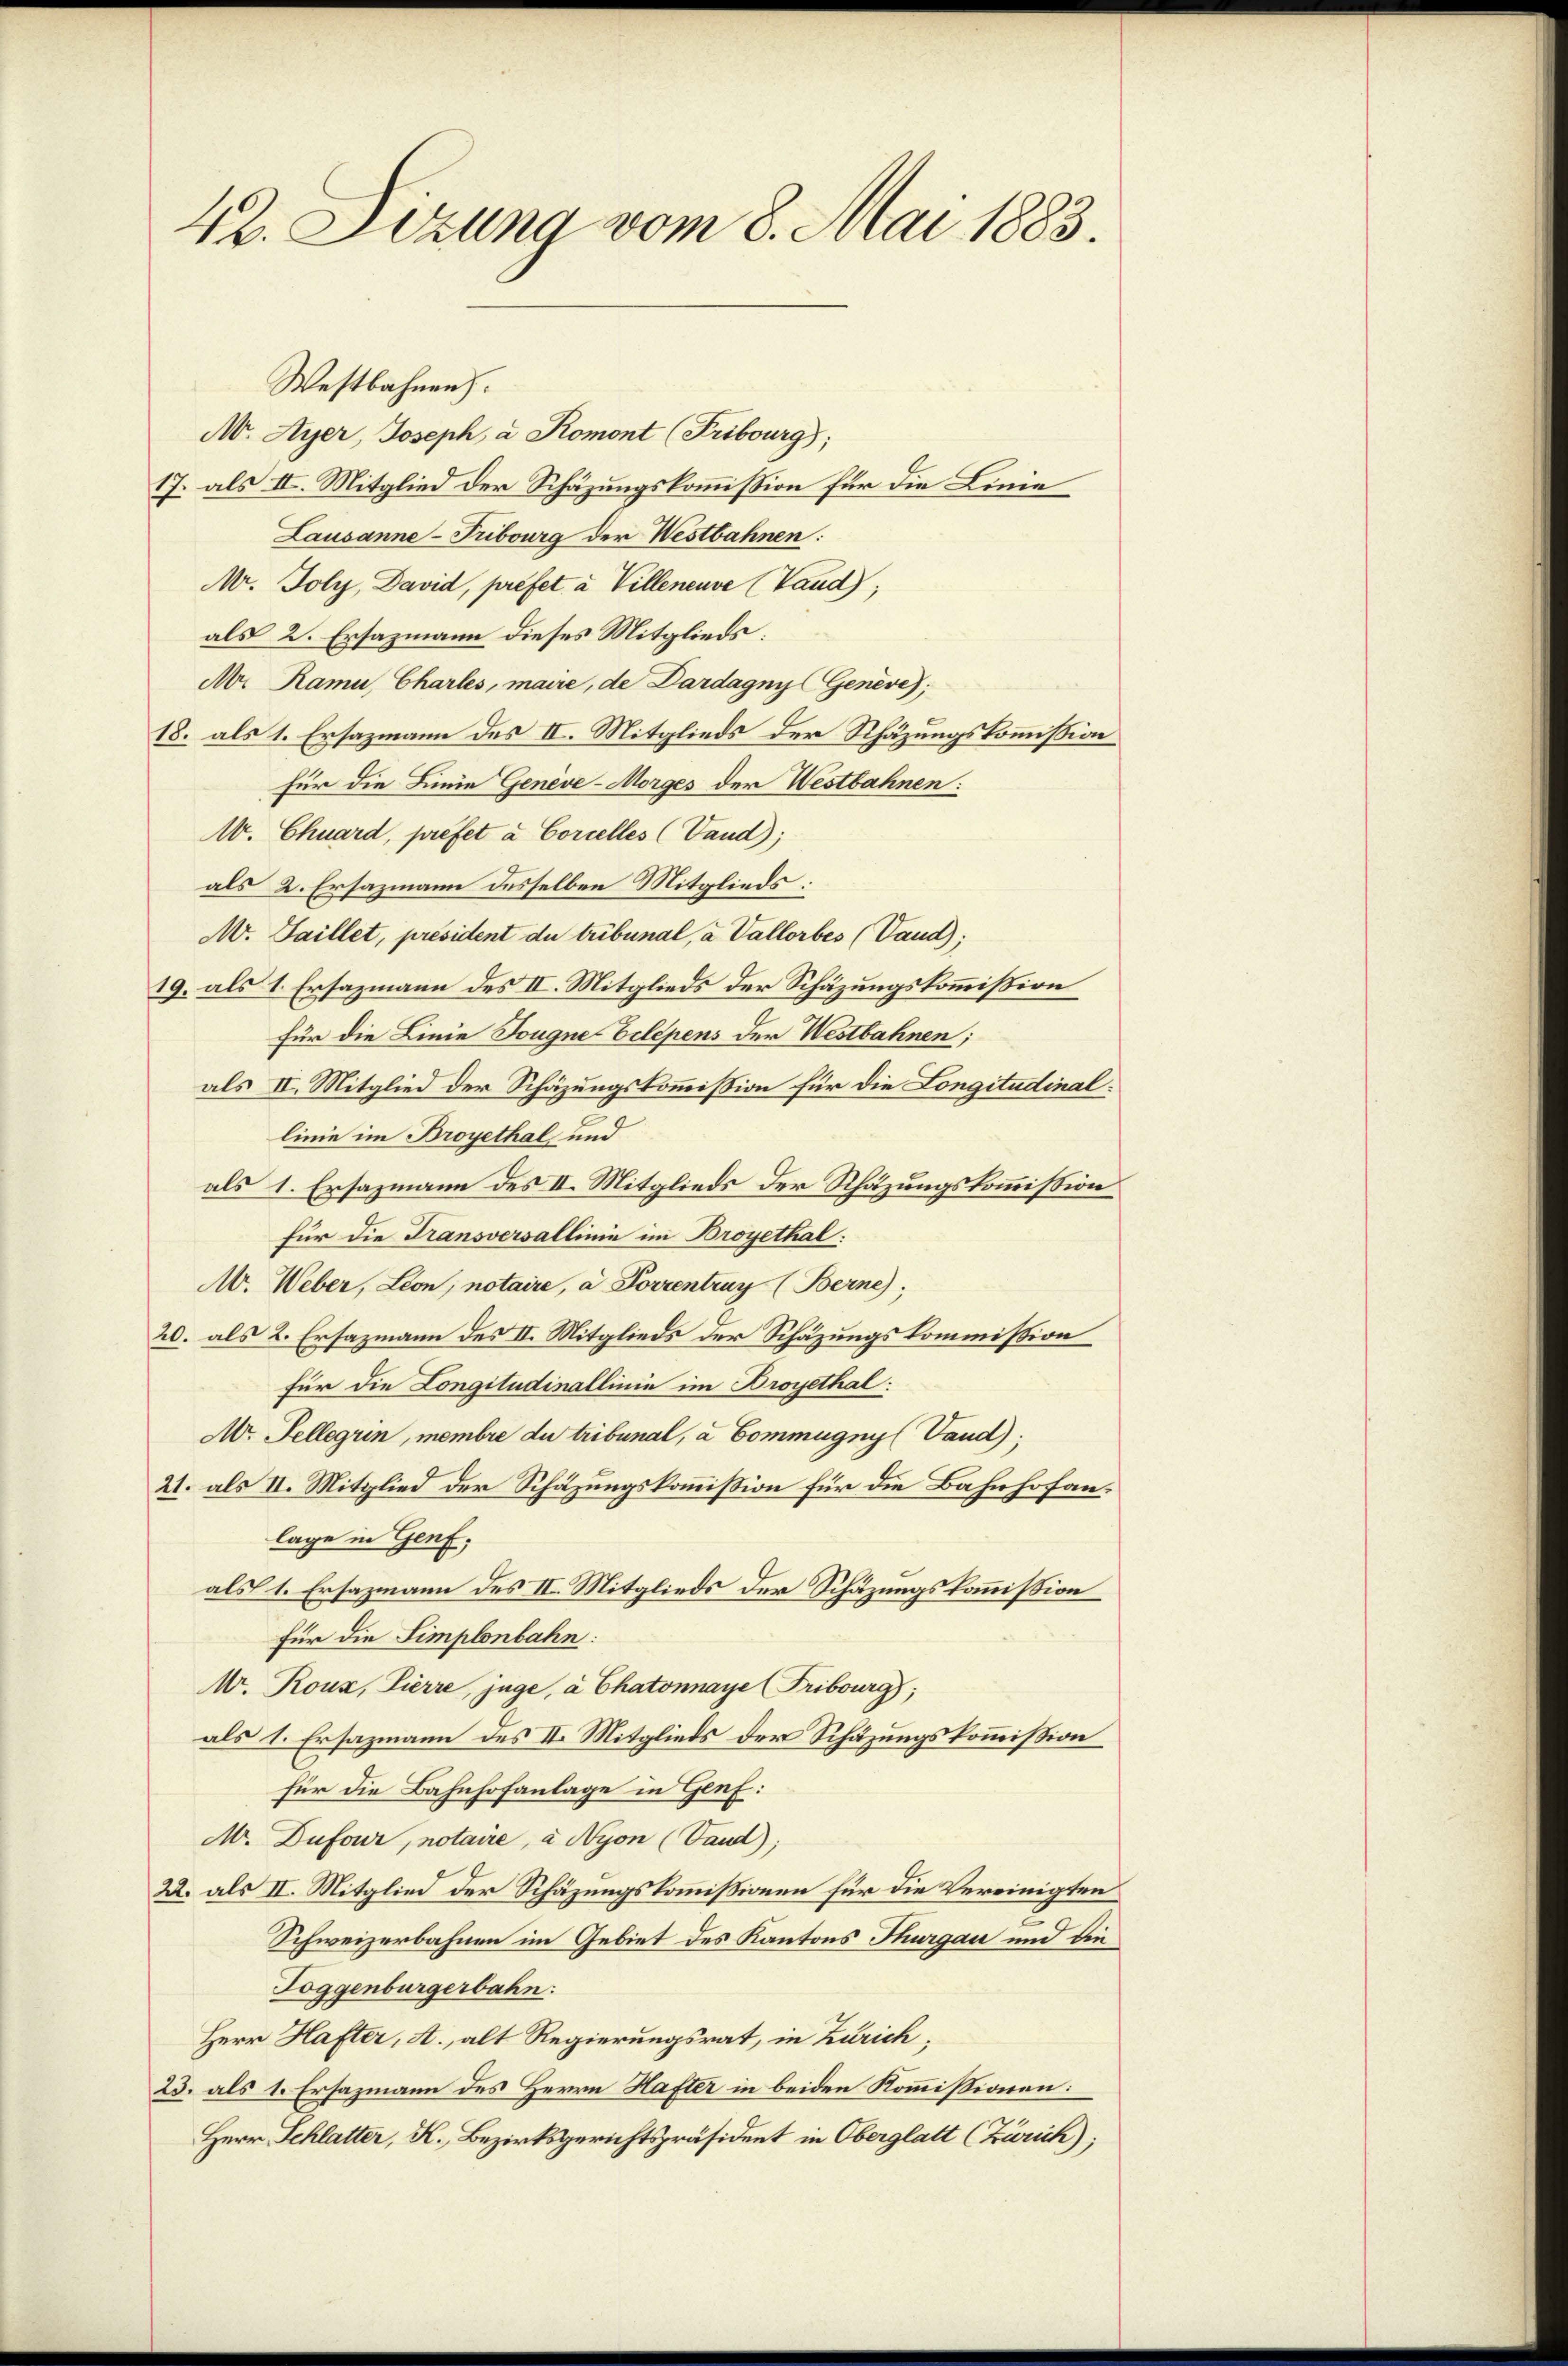
42. Sitzung vom 8. Mai 1883.

Westbahnen.

N. Ayer, Joseph, a Romont (Fribourg;
17. als II. Mitglied der Schäzungskommission für die Linie
Lausanne - Tribourg der Westbahnen:
Mr. Joly, David, prefet à Villeneuve (Tand);
als 2. Ersazmann dieses Mitglieds:
Ar Rami, Charles, maire, de Dardagny (Genève);
18. als 1. Ersazmann des II. Mitglieds der Schäzungskommission
für die Linie Genève-Morges der Westbahnen:
W. Chuard, préfet à Corcelles (Vaud);
als 2. Ersazmann desselben Mitglieds:
M. Faillet, président du tribunal, a Vallorbes (Vaud);
19. als 1. Ersazmann des II. Mitglieds der Schäzungskommission
für die Linie Tougne bildpens der Westbahnen;
als II. Mitglied der Schäzungskommission für die Longitudinallinie im Broyethal und
als 1. Ersazmann des II. Mitglieds der Rhätzungskommission
für die Transversallinie im Broyethal:
M. Weber, Leon, notaire, a. Forrentruy (Berne);
20. als 2. Ersazmann des II. Mitglieds der Schazungskommission
für die Congiludinallinie im Droyethal:
Ar. Tellegun, membre du tribunal, a Commugny (Vand),
21. als II. Mitglied der Schäzungskommißion für die Bahnhofanlage in Genf,
als 1. Ersazmann des II. Mitglieds der Schäzungskommission
Für die Simplonbahn:
Mr. Roux, Pierre, juge, à Chatonnaye Tribourg;
als 1. Ersazmann des II. Mitglieds der Schäzungskommißion
für die Bahnhofanlage in Genf:
Mr. Dufour, notaire, à Nyon (Vaud);
22. als II. Mitglied der Schäzungskommissionen für die Vereinigten
Schweizerbahnen im Gebiet des Kantons Thurgau und die
Toggenburgerbahn:
Herr Hafter, A., alt Regierungsrat, in Zürich,
23. als 1. Ersazmann des Herrn Hafter in beiden Kommissionen:
Herr Schlatter, K. Bezirksgerichtspräsident in Oberglatt (Zürich);